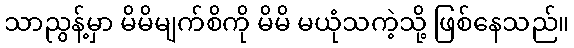
သာညွန့်မှာ မိမိမျက်စိကို မိမိ မယုံသကဲ့သို့ ဖြစ်နေသည်။